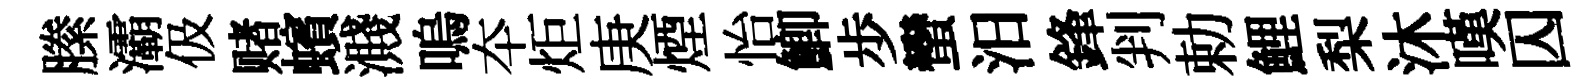
縢灞伋赌蠙濺嗚夲炬庚煙怡鯽歩蠻汨鋒判勅鯉梨沐嘆囚